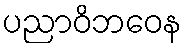
ပညာဝိဘဝေန